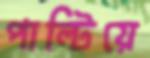
পাল্টিয়ে